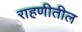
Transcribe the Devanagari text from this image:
राहणीतील